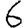
Digit: 6